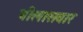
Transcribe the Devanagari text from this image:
बीलासवार